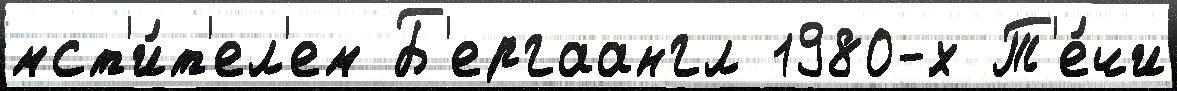
мст'и́т'ел'ем Б'ергаангл 1980-х Т'е́чи